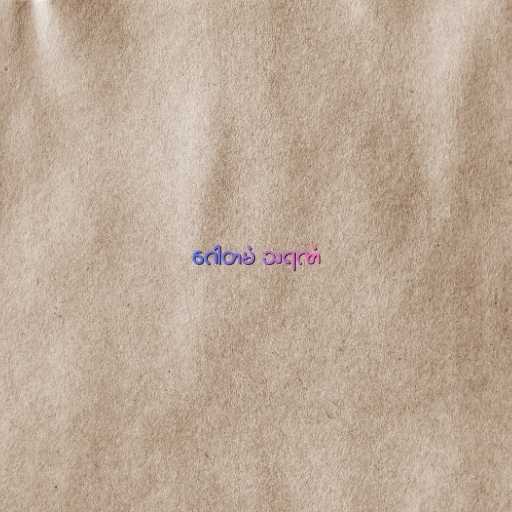
ဂေါတမံ သရဏံ